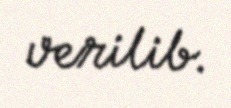
verilib.